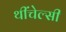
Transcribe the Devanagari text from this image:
थींचेल्सी